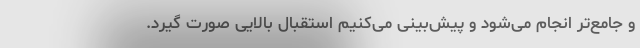
و جامع‌تر انجام می‌شود و پیش‌بینی می‌کنیم استقبال بالایی صورت گیرد.